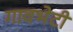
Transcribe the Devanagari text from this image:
गावभेटी